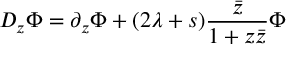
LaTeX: D _ { z } ^ { } \Phi = \partial _ { z } ^ { } \Phi + ( 2 \lambda + s ) \frac { \bar { z } } { 1 + z \bar { z } } \Phi